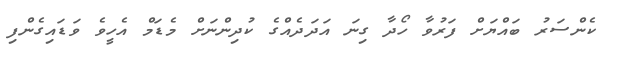
ކެންސަރު ބައްޔަށް ފަރުވާ ހޯދާ ގިނަ އަދަދެއްގެ ކުދިންނަށް މެޑަމް އެހީވެ ވަޑައިގެންފި